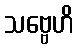
သဗ္ဗေဟိ